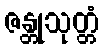
ဇန္တုသုတ္တံ